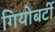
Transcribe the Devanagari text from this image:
गियोबर्टी